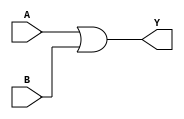
module two_variable_kmap (
    input wire A,     // First input variable
    input wire B,     // Second input variable
    output wire Y     // Output based on K-map simplification
);

// The output Y is derived from the simplified Boolean expression 
// based on the K-map. The expression is: 
// Y = A'B' + A'B + AB' + AB = (A + B)
// (Considering all cells in the K-map are filled)
// This is a simple representation here; adjust based on actual K-map filling.

assign Y = A | B; // Example simplification for when all cells are filled

endmodule